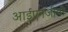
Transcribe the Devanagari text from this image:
आईएनजीवी